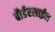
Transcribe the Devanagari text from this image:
बौर्डरलाईन